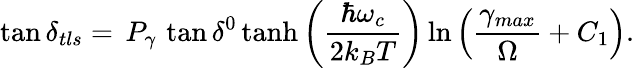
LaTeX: \tan\delta_{tls}=\, P_{\gamma}\, \tan\delta^{0}\, \mathrm{tanh}\left(\frac{\hbar\omega_{c}}{2k_{B}T}\right)\, \mathrm{ln}\left(\frac{\gamma_{max}}{\Omega}+C_{1}\right).